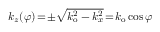
k _ { z } ( \varphi ) \! = \! \pm \sqrt { k _ { \mathrm { o } } ^ { 2 } - k _ { x } ^ { 2 } } \! = \! k _ { \mathrm { o } } \cos \varphi